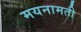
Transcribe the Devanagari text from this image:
मयनामती